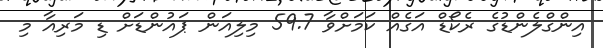
އިންގްލެންޑުގެ ރެކޯޑް އަގެއް ކަމަށްވާ 59.7 މިލިއަން ޕައުންޑަށް ޑި މަރިއާ މި